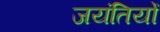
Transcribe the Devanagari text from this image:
जयंतियों